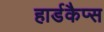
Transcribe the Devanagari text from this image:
हार्डकैप्स